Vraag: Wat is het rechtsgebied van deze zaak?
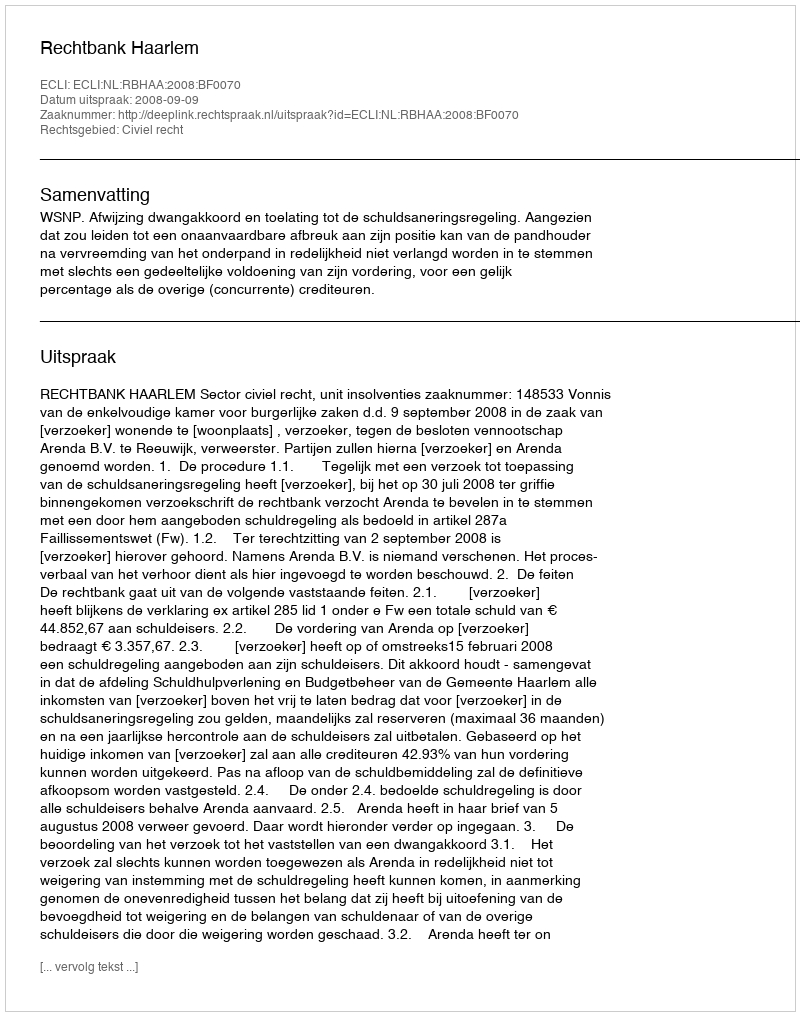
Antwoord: Civiel recht